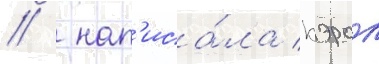
/  нап'иса́ла кэрол